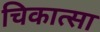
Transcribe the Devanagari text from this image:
चिकात्सा